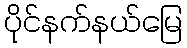
ပိုင်နက်နယ်မြေ